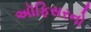
અૉફિસરનો